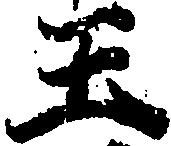
王